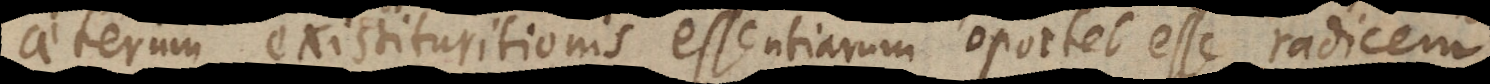
Caeterum existituritionis essentiarum oportet esse radicem